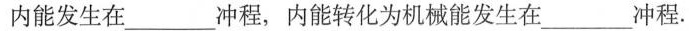
中___冲程，工作物质的内能最大，___冲程工作物质的内能最小，机械能转化为内能发生在___冲程，内能转化为机械能发生在___冲程。